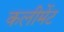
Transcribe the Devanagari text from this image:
कलीमेंट